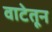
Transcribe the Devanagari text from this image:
वाटेतून